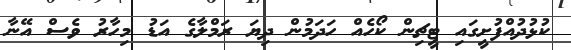
ކުޅުދުއްފުށީގައި ޓީޗިން ކޯހެއް ހަދަމުން ދިޔަ ރަމްލާގެ އަޑު މިހާރު ވެސް އޭނާ